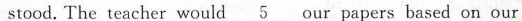
stood.The eacher would \underline{5} our papers based on our